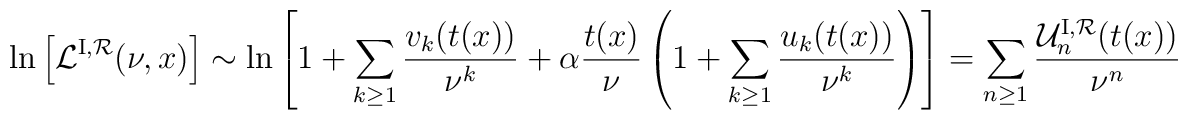
\ln\left[ {\cal L}^{{\rm I}, {\cal R}}(\nu, x)  \right] \sim\ln\left[ 1+\sum_{k \geq 1}{v_k(t(x))\over \nu^k}+{\alpha}{t(x) \over \nu}\left( 1+\sum_{k \geq 1}{u_k(t(x))\over \nu^k} \right) \right]= \sum_{n \geq 1} { {\cal U}_n^{{\rm I}, {\cal R}}(t(x)) \over \nu^n }